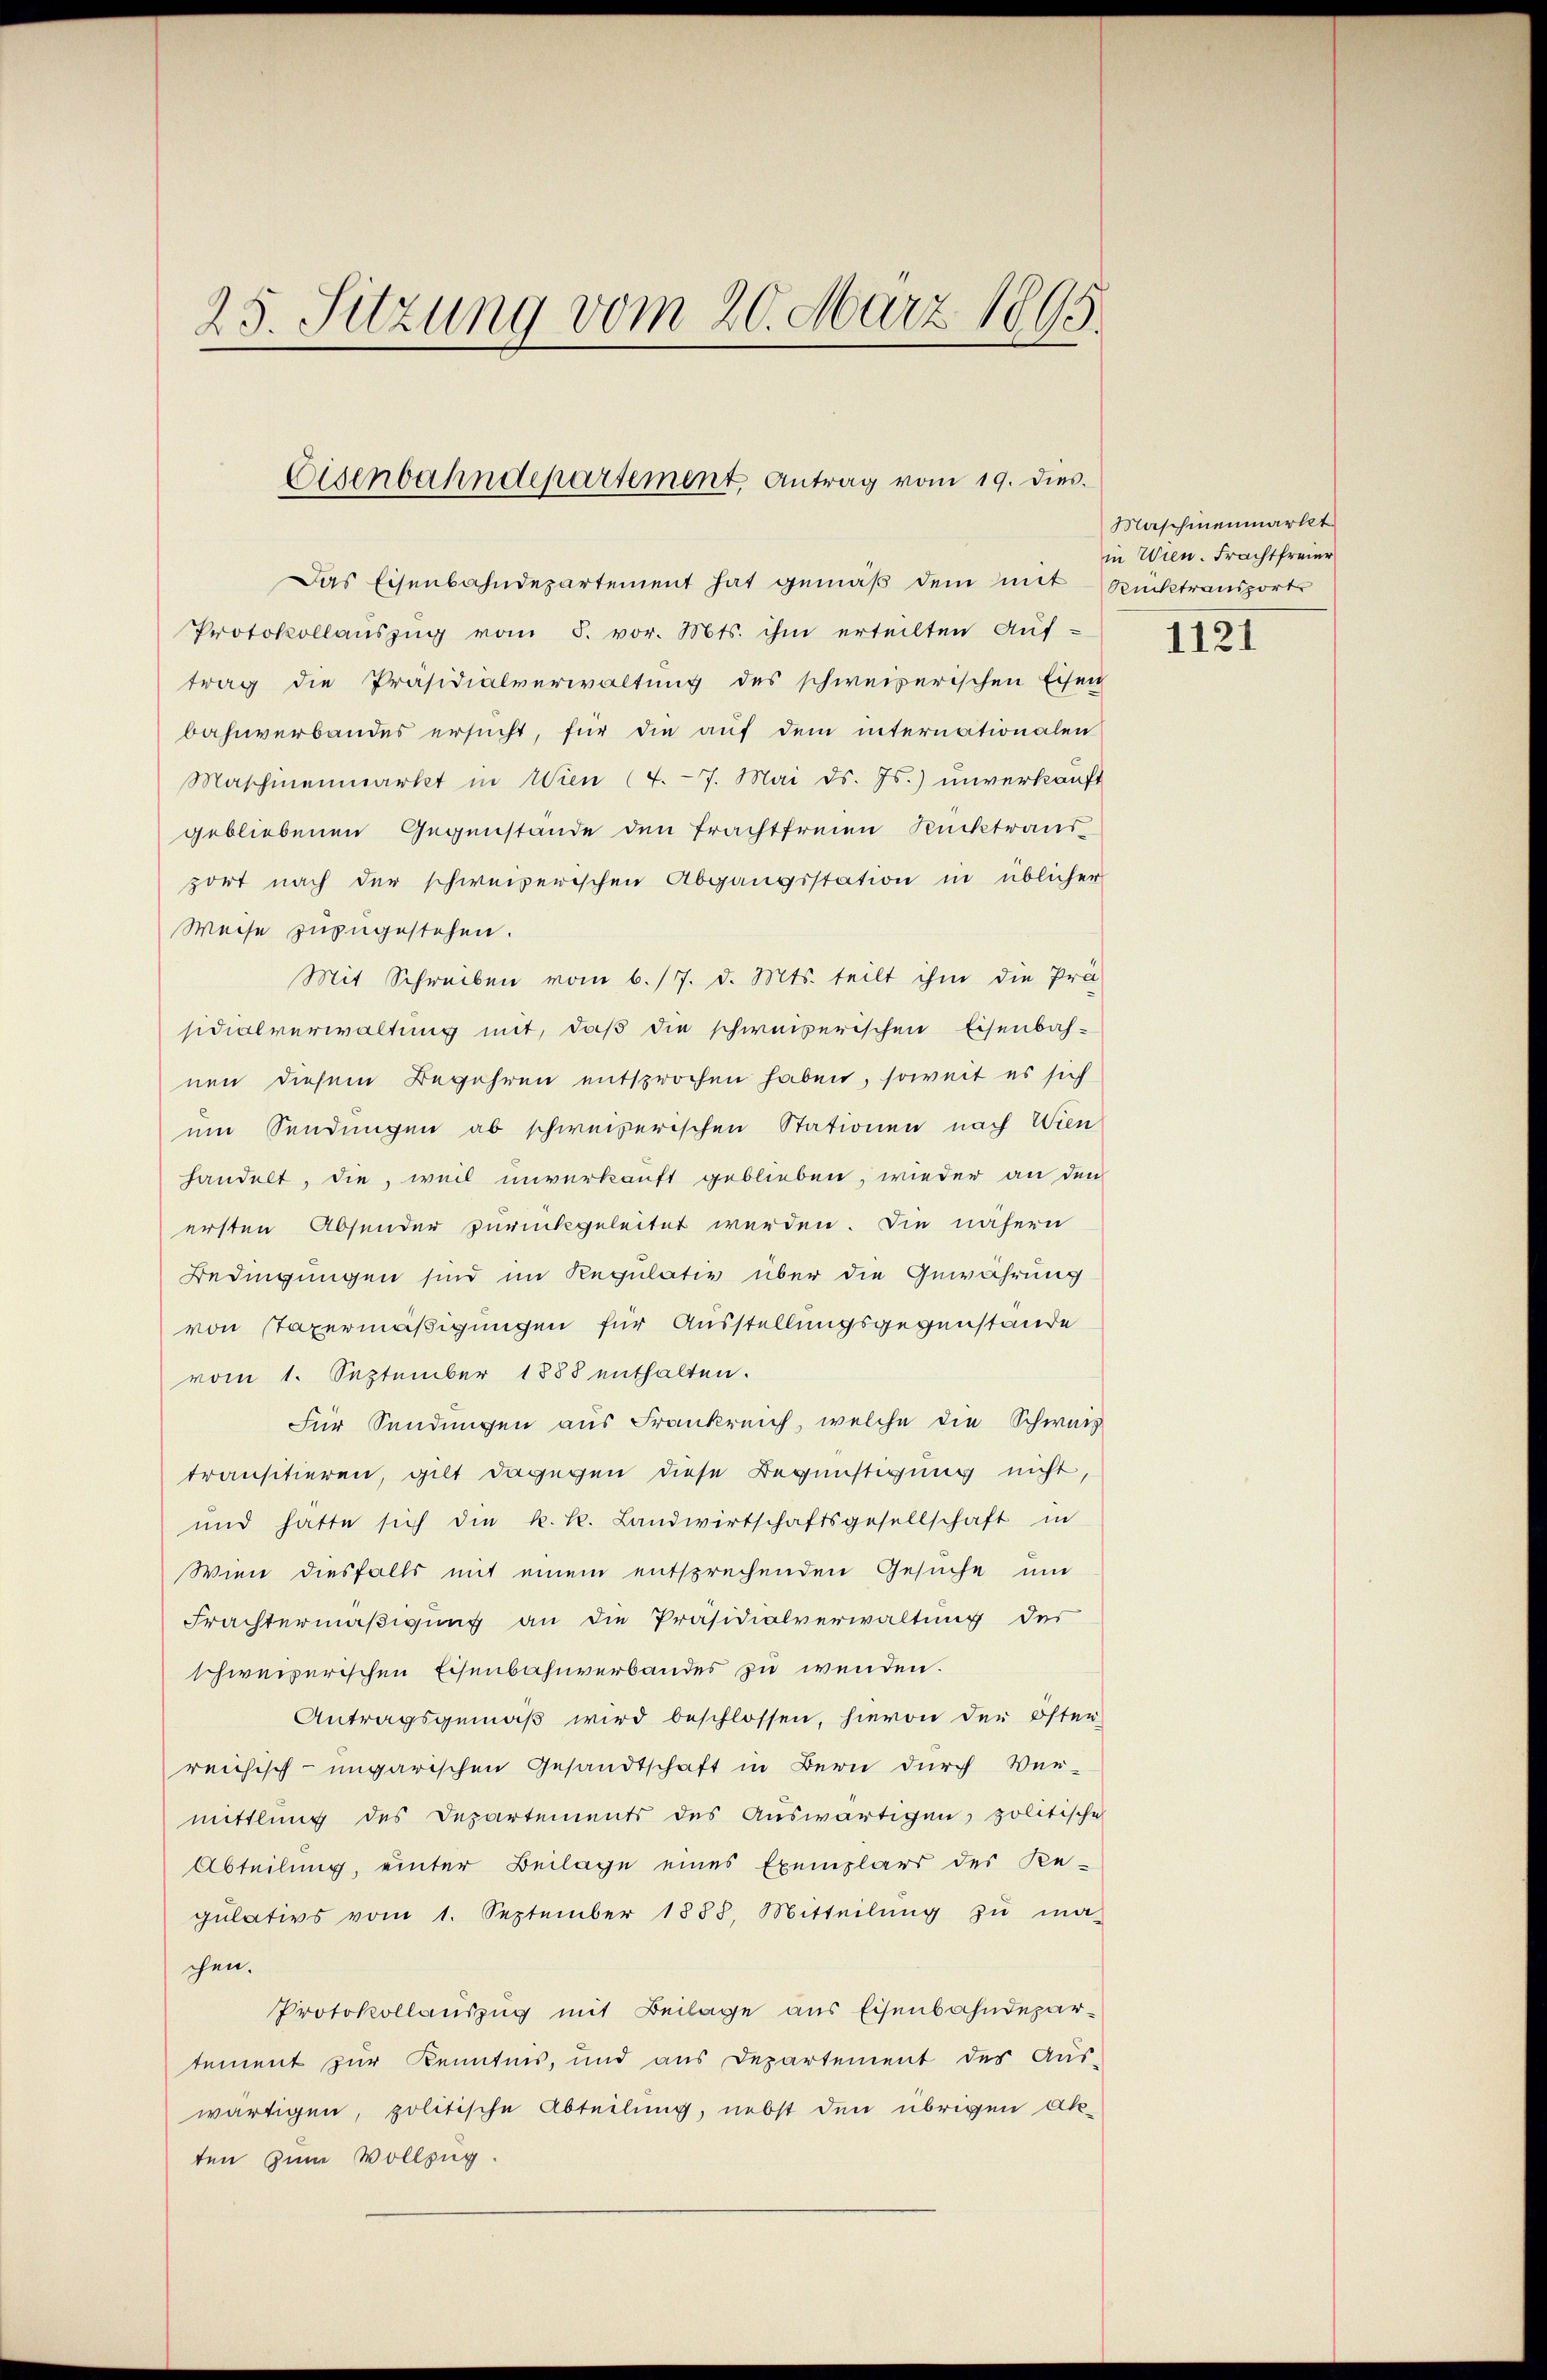
25. Sitzung vom 20. März 1895.

Eisenbahndepartement, Antrag vom 19. dies

Das Eisenbahndepartement hat gemäß dem mit Rücktransport
Protokollaŭszŭg vom 5. vor. Mts. ihm erteilten Aŭf-
trag die Präsidialverwaltung des schweizerischen Eisen
bahnverbandes ersucht, für die auf dem internationalen
Maschinenmarkt in Wien (4. 7. Mai d. Js.) unverkauft
gebliebenen Gegenstände den Frachtfreien Rücktraud
port nach der schweizerischen Abgangsstation in üblicher
Weise zuzugestehen.
Mit Schreiben vom 6./7. d. Mts. teilt ihm die Prä-
sidialverwaltung mit, daß die schweizerischen Eisenbah-
nen diesem Begehren entsprochen haben, soweit es sich
um Sendungen ab schweizerischen Stationen nach Wien
handelt, die, weil unverkauft geblieben, wieder an den
ersten Absender zurückgeleitet werden. Die nähern
Bedingungen sind im Regulativ über die Gewährung
von Taxermäßigungen für Ausstellungsgegenstände
vom 1. September 1888 enthalten.
Für Sendungen aus Frankreich, welche die Schweiz
transitieren, gilt dagegen diese Begünstigung nicht,
und hatte sich die k. k. Landwirtschaftsgesellschaft in
Wien diesfalls mit einem entsprechenden Gesuche um
Frachtermäßigung an die Präsidialverwaltung des
schweizerischen Eisenbahnverbandes zu wenden.
Antragsgemäβ wird beschlossen, hievon der Öster-
reichisch-ungarischen Gesandtschaft in Bern durch Ver-
mittlung des Departements des Auswärtigen, politische
Abteilung, einter Beilage eines Exemplars des Re-
gŭlativs vom 1. September 1888. Mitteilŭng zŭ ma-
chen.
Protokollauszug mit Beilage aus Eisenbahndepartement zur Kenntnis, und aus Departement des Aus-
wärtigen, politische Abteilung, nebst den übrigen Akten zum Vollzug.

Maschinenmarkt
in Wien. Frachtfreier

1121